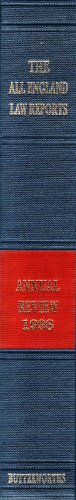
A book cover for The All England Annual Review 1998; Vandridge-Ames; Law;